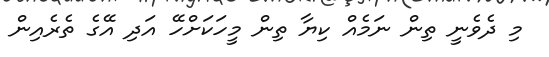
މި ދެވެނީ ތިން ނަމެއް ކިޔާ ތިން މީހަކަށްހޭ އަދި އޭގެ ތެރެއިން